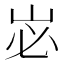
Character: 𭖑